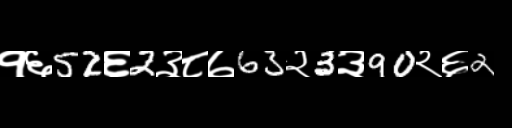
Text: १६52६2३८७63२3३90२६2